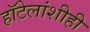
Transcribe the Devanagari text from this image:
हॉटेलांशीही